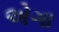
એગા